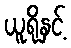
ယူရိုနှင့်